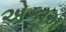
એકામ